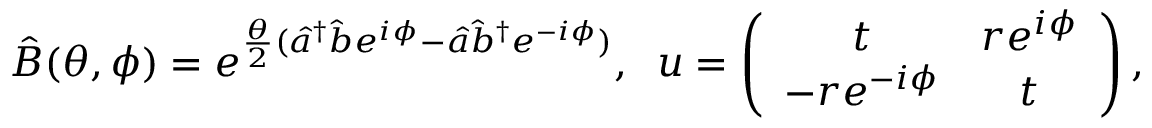
\hat { B } ( \theta , \phi ) = e ^ { \frac { \theta } { 2 } ( \hat { a } ^ { \dag } \hat { b } e ^ { i \phi } - \hat { a } \hat { b } ^ { \dag } e ^ { - i \phi } ) } , \; \; u = \left( \begin{array} { c c } { t } & { r e ^ { i \phi } } \\ { - r e ^ { - i \phi } } & { t } \end{array} \right) ,